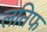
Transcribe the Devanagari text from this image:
लतिफ